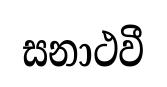
සනාථවී